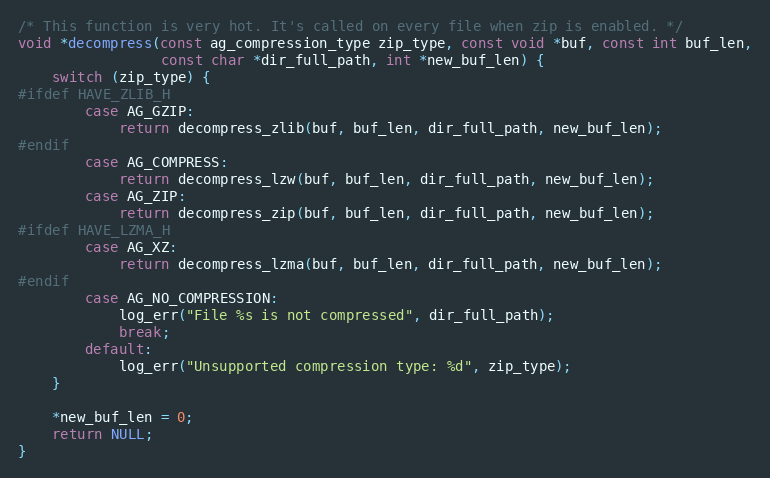
Language: C
/* This function is very hot. It's called on every file when zip is enabled. */
void *decompress(const ag_compression_type zip_type, const void *buf, const int buf_len,
                 const char *dir_full_path, int *new_buf_len) {
    switch (zip_type) {
#ifdef HAVE_ZLIB_H
        case AG_GZIP:
            return decompress_zlib(buf, buf_len, dir_full_path, new_buf_len);
#endif
        case AG_COMPRESS:
            return decompress_lzw(buf, buf_len, dir_full_path, new_buf_len);
        case AG_ZIP:
            return decompress_zip(buf, buf_len, dir_full_path, new_buf_len);
#ifdef HAVE_LZMA_H
        case AG_XZ:
            return decompress_lzma(buf, buf_len, dir_full_path, new_buf_len);
#endif
        case AG_NO_COMPRESSION:
            log_err("File %s is not compressed", dir_full_path);
            break;
        default:
            log_err("Unsupported compression type: %d", zip_type);
    }

    *new_buf_len = 0;
    return NULL;
}